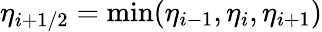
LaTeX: \eta_{i+1/2}=\operatorname*{min}(\eta_{i-1},\eta_{i},\eta_{i+1})